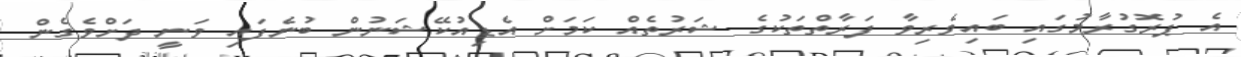
އެ ޕުރޮގުރާމުގައި ބައިވެރިވާ ފަރާތްތަކުގެ ޝަރުތެއް ކަމަށް އެޑިއުކޭޝަނުން ބުނެފައި ވަނީ ދަށްވެގެން